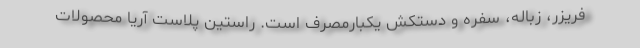
فریزر، زباله، سفره و دستکش یکبارمصرف است. راستین پلاست آریا محصولات